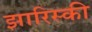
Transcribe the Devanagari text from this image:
झारिस्की